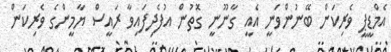
އެމްޑީޕީ ވެރިކަން ބޭނުންވަނީ އެއީ ގާނޫނީ ގޮތުން އުފެދިފައިވާ ރައީސް ޔާމީންގެ ވެރިކަން